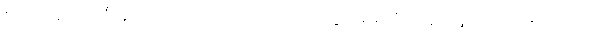
စားဖိုဆောင်သီးနှံများ ဖြဲပေးလိုက်တယ်ပါကင်ဖွင့်မှာမို့ ဒုံးပျံများဖြင့် ဖိတိုးလိုက်သည်